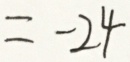
= - 2 4